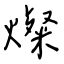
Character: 燦